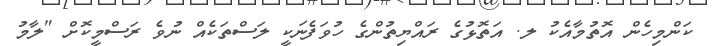
ކަންމިހެން އޮތުމާއެކު ލ. އަތޮޅުގެ ރައްޔިތުންގެ ހުވަފެނަކީ ލަސްތަކެއް ނުވެ ރަސްމީކޮށް "ލާމު